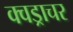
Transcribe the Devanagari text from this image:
क्वड्राचर